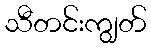
သီတင်းကျွတ်